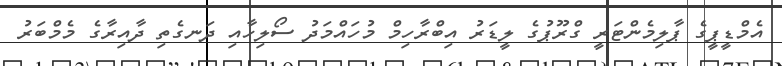
އެމްޑީޕީގެ ޕާލިމެންޓަރީ ގްރޫޕުގެ ލީޑަރު އިބްރާހިމް މުހައްމަދު ސޯލިހާއި ދަނގެތި ދާއިރާގެ މެމްބަރު